Annual administration report of the Civil Veterinary Department, Sind - 1938-1939
Year: 1938
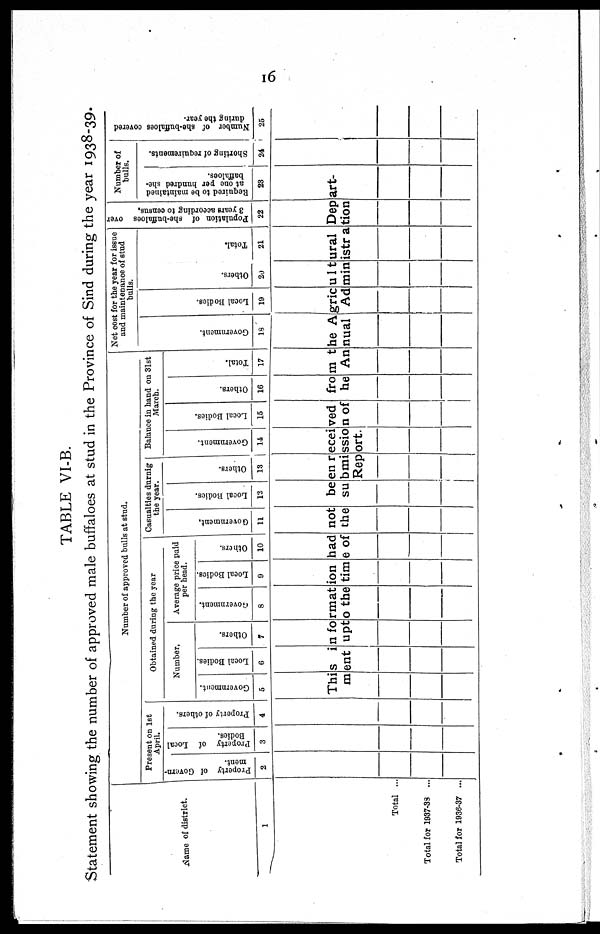
16
TABLE VI-B.
Statement showing the number of approved male buffaloes at stud in the Province of Sind during the year 1938-39.
Name of district.
1
Number of approved bulls at stud.
Present on 1st
April.
Property of Govern-
ment.
2
Property of Local
Bodies.
3
Property of others.
4
Obtained during the year
Number.
Government.
5
Local Bodies.
6
Others.
7
Average price paid
per head.
Government.
8
Local Bodies.
9
Others.
10
Casualties durnig
the year.
Government.
11
Local Bodies.
12
Ot her s .
13
Balance in hand on 31st
March.
Go v e r
n me n t.
14
Local Bodies.
15
Others.
16
Tot al .
17
Net cost for the year for issue
and maintenance of stud
bulls.
Government.
18
Local Bodies.
19
Ot her s .
20
Tot al .
21
Population of she-buffaloes over
3 years according to census.
22
Number of
bulls.
Required to be maintained
at one per hundred she¬
baffaloes.
23
Shorting of requirements.
24
Number of she-buffaloes covered
during the year.
25
This information had not been received from the Agricultural Depart-
ment upto the time of the submission of he Annual Administration
Report.
Total ...
Total for 1937-33 ...
Total for 1936-37 ...